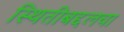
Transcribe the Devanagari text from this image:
स्थितीबद्दलचा